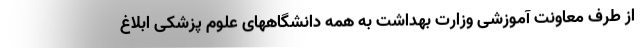
از طرف معاونت آموزشی وزارت بهداشت به همه دانشگاههای علوم پزشکی ابلاغ